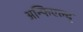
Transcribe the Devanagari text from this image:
अन्फिएल्द्